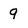
Character: 9